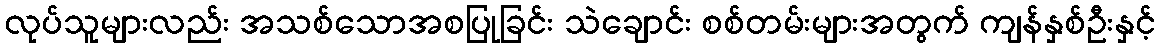
လုပ်သူများလည်း အသစ်သောအစပြုခြင်း သဲချောင်း စစ်တမ်းများအတွက် ကျန်နှစ်ဦးနှင့်